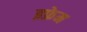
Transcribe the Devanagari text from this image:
इफ्रेम